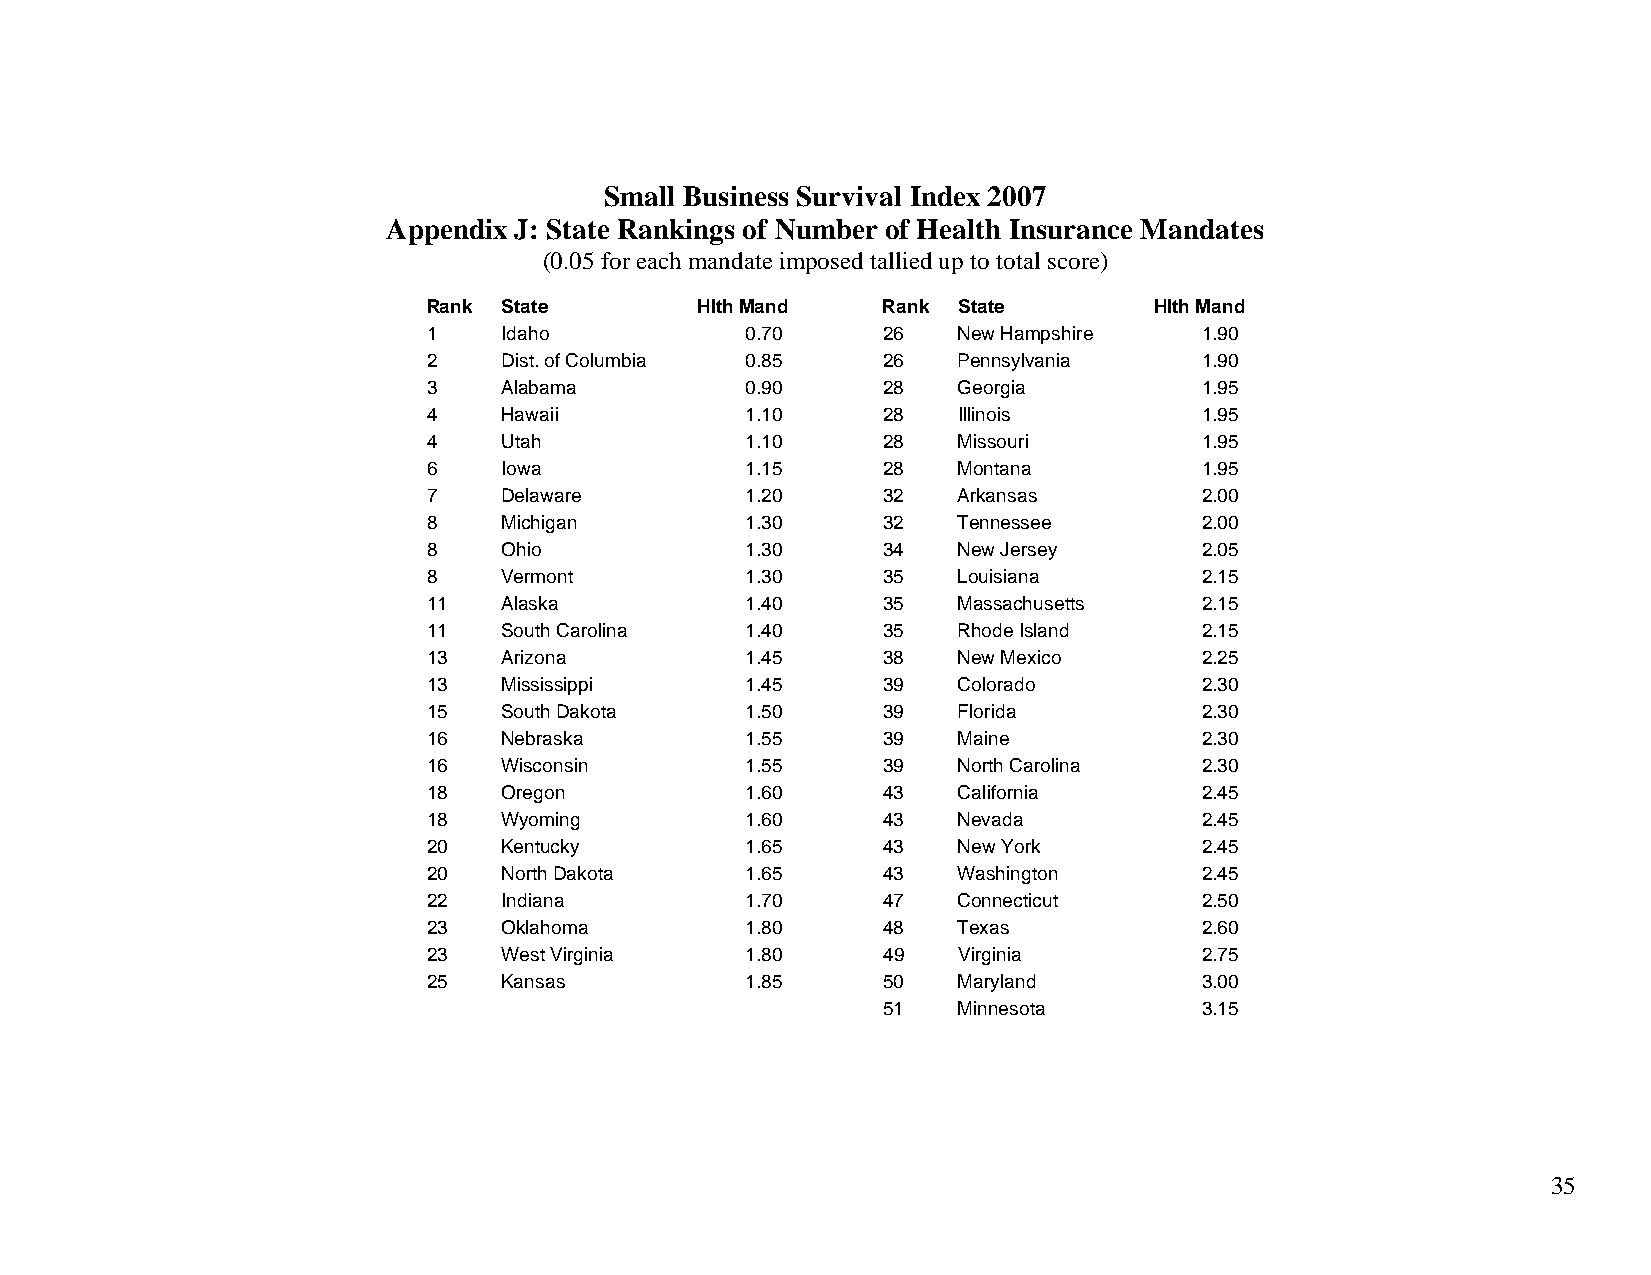
Small Business Survival Index 2007
 Appendix J: State Rankings of Number of Health Insurance Mandates
 (0.05 for each mandate imposed tallied up to total score)
 Rank State        Hlth Mand   Rank State        Hlth Mand
 1    Idaho           0.70     26   New Hampshire    1.90
 2    Dist. of Columbia 0.85   26   Pennsylvania     1.90
 3    Alabama         0.90     28   Georgia          1.95
 4    Hawaii          1.10     28   Illinois         1.95
 4    Utah            1.10     28   Missouri         1.95
 6    Iowa            1.15     28   Montana          1.95
 7    Delaware        1.20     32   Arkansas         2.00
 8    Michigan        1.30     32   Tennessee        2.00
 8    Ohio            1.30     34   New Jersey       2.05
 8    Vermont         1.30     35   Louisiana        2.15
 11   Alaska          1.40     35   Massachusetts    2.15
 11   South Carolina  1.40     35   Rhode Island     2.15
 13   Arizona         1.45     38   New Mexico       2.25
 13   Mississippi     1.45     39   Colorado         2.30
 15   South Dakota    1.50     39   Florida          2.30
 16   Nebraska        1.55     39   Maine            2.30
 16   Wisconsin       1.55     39   North Carolina   2.30
 18   Oregon          1.60     43   California       2.45
 18   Wyoming         1.60     43   Nevada           2.45
 20   Kentucky        1.65     43   New York         2.45
 20   North Dakota    1.65     43   Washington       2.45
 22   Indiana         1.70     47   Connecticut      2.50
 23   Oklahoma        1.80     48   Texas            2.60
 23   West Virginia   1.80     49   Virginia         2.75
 25   Kansas          1.85     50   Maryland         3.00
 51   Minnesota        3.15
 35